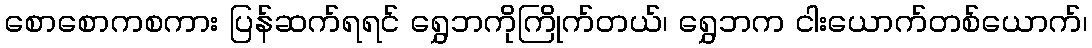
စောစောကစကား ပြန်ဆက်ရရင် ရွှေဘကိုကြိုက်တယ်၊ ရွှေဘက ငါးယောက်တစ်ယောက်၊